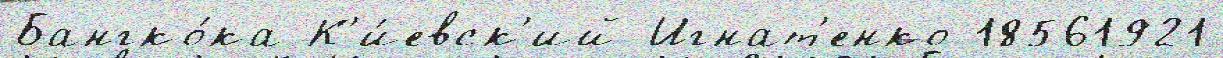
Бангко́ка К'и́евск'ий Игнат'енко 18561921